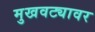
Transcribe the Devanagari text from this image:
मुखवट्यावर